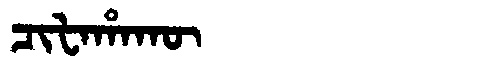
Manchu: ᠴᡳᡶᠠᡥᠠᡴᡡ
Romanization: CIFAHAKŪ